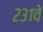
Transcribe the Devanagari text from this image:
२३१वे